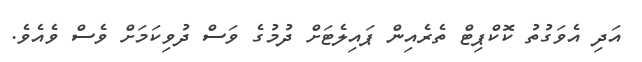
އަދި އެވަގުތު ކޮކްޕިޓް ތެރެއިން ޕައިލެޓަށް ދުމުގެ ވަސް ދުވިކަމަށް ވެސް ވެއެވެ.